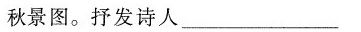
秋景图。抒发诗人___